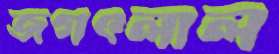
জগৎলাল